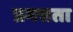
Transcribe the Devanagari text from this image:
प्रमत्तता